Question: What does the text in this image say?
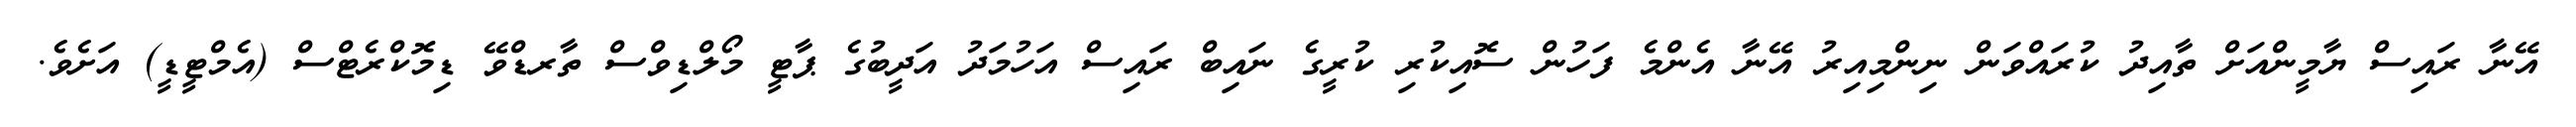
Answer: އޭނާ ރައިސް ޔާމީންއަށް ތާއިދު ކުރައްވަން ނިންމިއިރު އޭނާ އެންމެ ފަހުން ސޮއިކުރި ކުރީގެ ނައިބް ރައިސް އަހުމަދު އަދީބުގެ ޕާޓީ މޯލްޑިވްސް ތާރޑްވޭ ޑިމޮކްރެޓްސް (އެމްޓީޑީ) އަށެވެ.